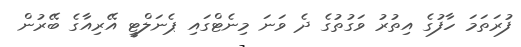
ފުރަތަމަ ހާފުގެ އިތުރު ވަގުތުގެ ދެ ވަނަ މިނެޓްގައި ޕެނަލްޓީ އޭރިއާގެ ބޭރުން